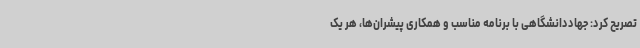
تصریح کرد: جهاددانشگاهی با برنامه مناسب و همکاری پیشران‌ها، هر یک